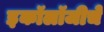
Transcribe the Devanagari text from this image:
इकॉलॉजीचे